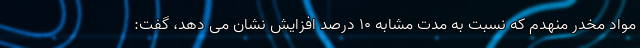
مواد مخدر منهدم که نسبت به مدت مشابه ۱۰ درصد افزایش نشان می دهد، گفت: